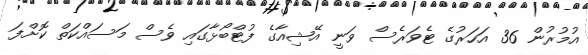
އުމުރުން 36 އަހަރުގެ ޓެވަރެސް ވަނީ އޭޝިއާގެ ފުޓްބޯޅާގައި ވެސް މަސައްކަތް ކޮށްފަ